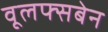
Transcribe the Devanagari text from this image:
वूलफ्सबेन